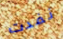
نفدت